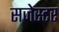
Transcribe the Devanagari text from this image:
सजेस्टर